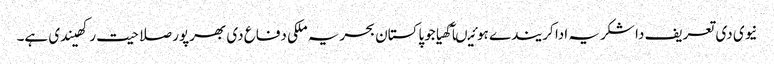
نیوی دی تعریف دا شکریہ ادا کریندے ہوئیںآکھیا جوپاکستان بحریہ ملکی دفاع دی بھرپور صلاحیت رکھیندی ہے۔